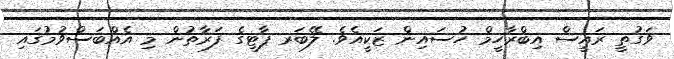
ވަގުތީ ރައީސް އިބްރާހީމް ހުސައިން ޒަކީއެވެ. ލޭބަރ ޕާޓީގެ ފަރާތުން މި އެއްބަސްވުމުގައި